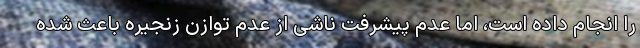
را انجام داده است، اما عدم پیشرفت ناشی از عدم توازن زنجیره باعث شده